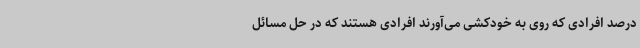
درصد افرادی که روی به خودکشی می‌آورند افرادی هستند که در حل مسائل